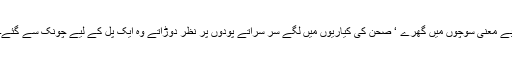
بے معنی سوچوں میں گھرے ‘ صحن کی کیاریوں میں لگے سر سراتے پودوں پر نظر دوڑاتے وہ ایک پل کے لیے چونک سے گئے۔